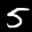
Label: 5